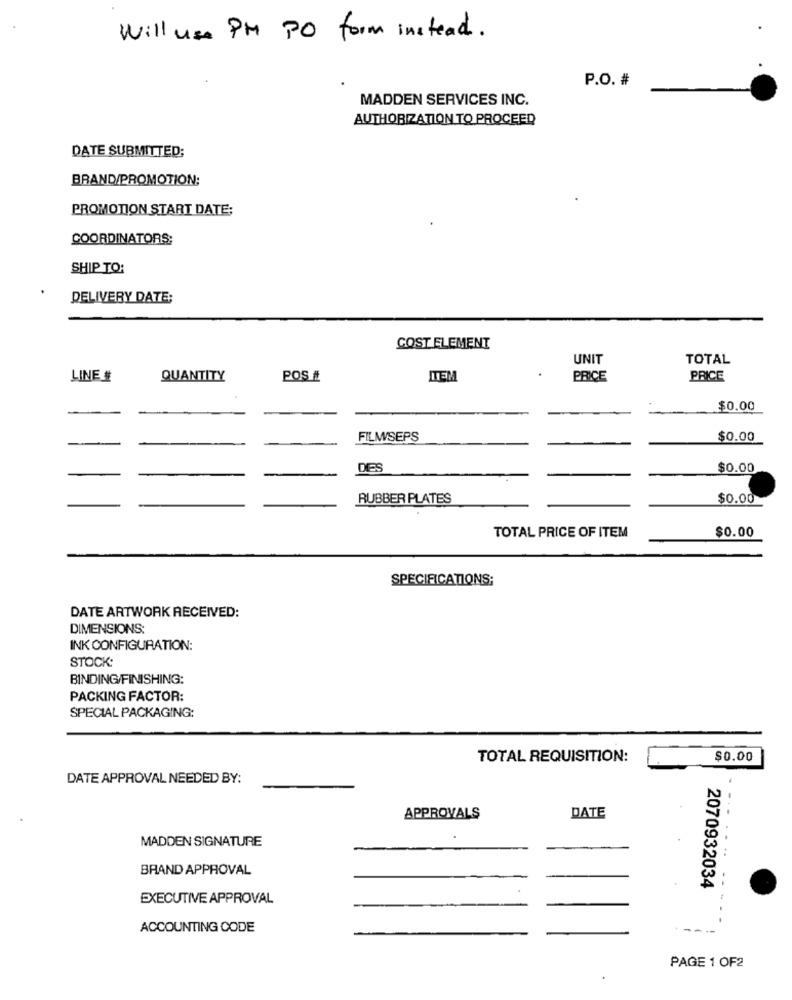
Will use PM PO form instead .
P.O. #
MADDEN SERVICES INC.
AUTHORIZATION TO PROCEED
DATE SUBMITTED;
BRAND/PROMOTION;
PROMOTION START DATE;
COORDINATORS;
SHIP TO:
DELIVERY DATE:
COST ELEMENT
UNIT
TOTAL
LINE #
QUANTITY
POS IL
ITEM
PRICE
PRICE
$0.00
FILM/SEPS
$0.00
DES
$0.00
RUBBER PLATES
$0.00
$0.00
TOTAL PRICE OF ITEM
SPECIFICATIONS;
DATE ARTWORK RECEIVED:
DIMENSIONS:
INK CONFIGURATION:
STOCK:
BINDING/FINISHING:
PACKING FACTOR:
SPECIAL PACKAGING:
TOTAL REQUISITION:
$0.00
DATE APPROVAL NEEDED BY:
DATE
APPROVALS
MADDEN SIGNATURE
BRAND APPROVAL
2070932034
EXECUTIVE APPROVAL
ACCOUNTING CODE
---
PAGE 1 OF2